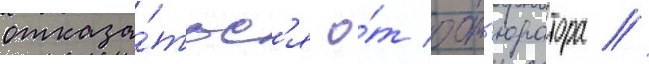
отказа́тьс'я о́т обт'юратора /